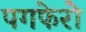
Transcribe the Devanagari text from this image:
पगफेरो